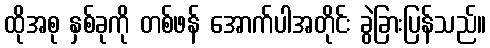
ထိုအစု နှစ်ခုကို တစ်ဖန် အောက်ပါအတိုင်း ခွဲခြားပြန်သည်။